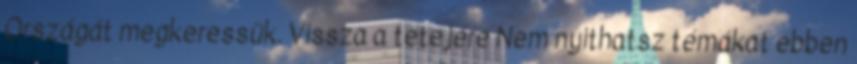
Országát megkeressük. Vissza a tetejére Nem nyithatsz témákat ebben